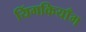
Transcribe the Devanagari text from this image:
यिंगकियाँग